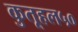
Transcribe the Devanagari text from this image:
कुतूहल५०